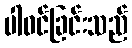
ပါဝင်ခြင်းသည်